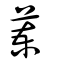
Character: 萰